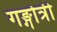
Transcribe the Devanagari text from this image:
गङ्गोत्री